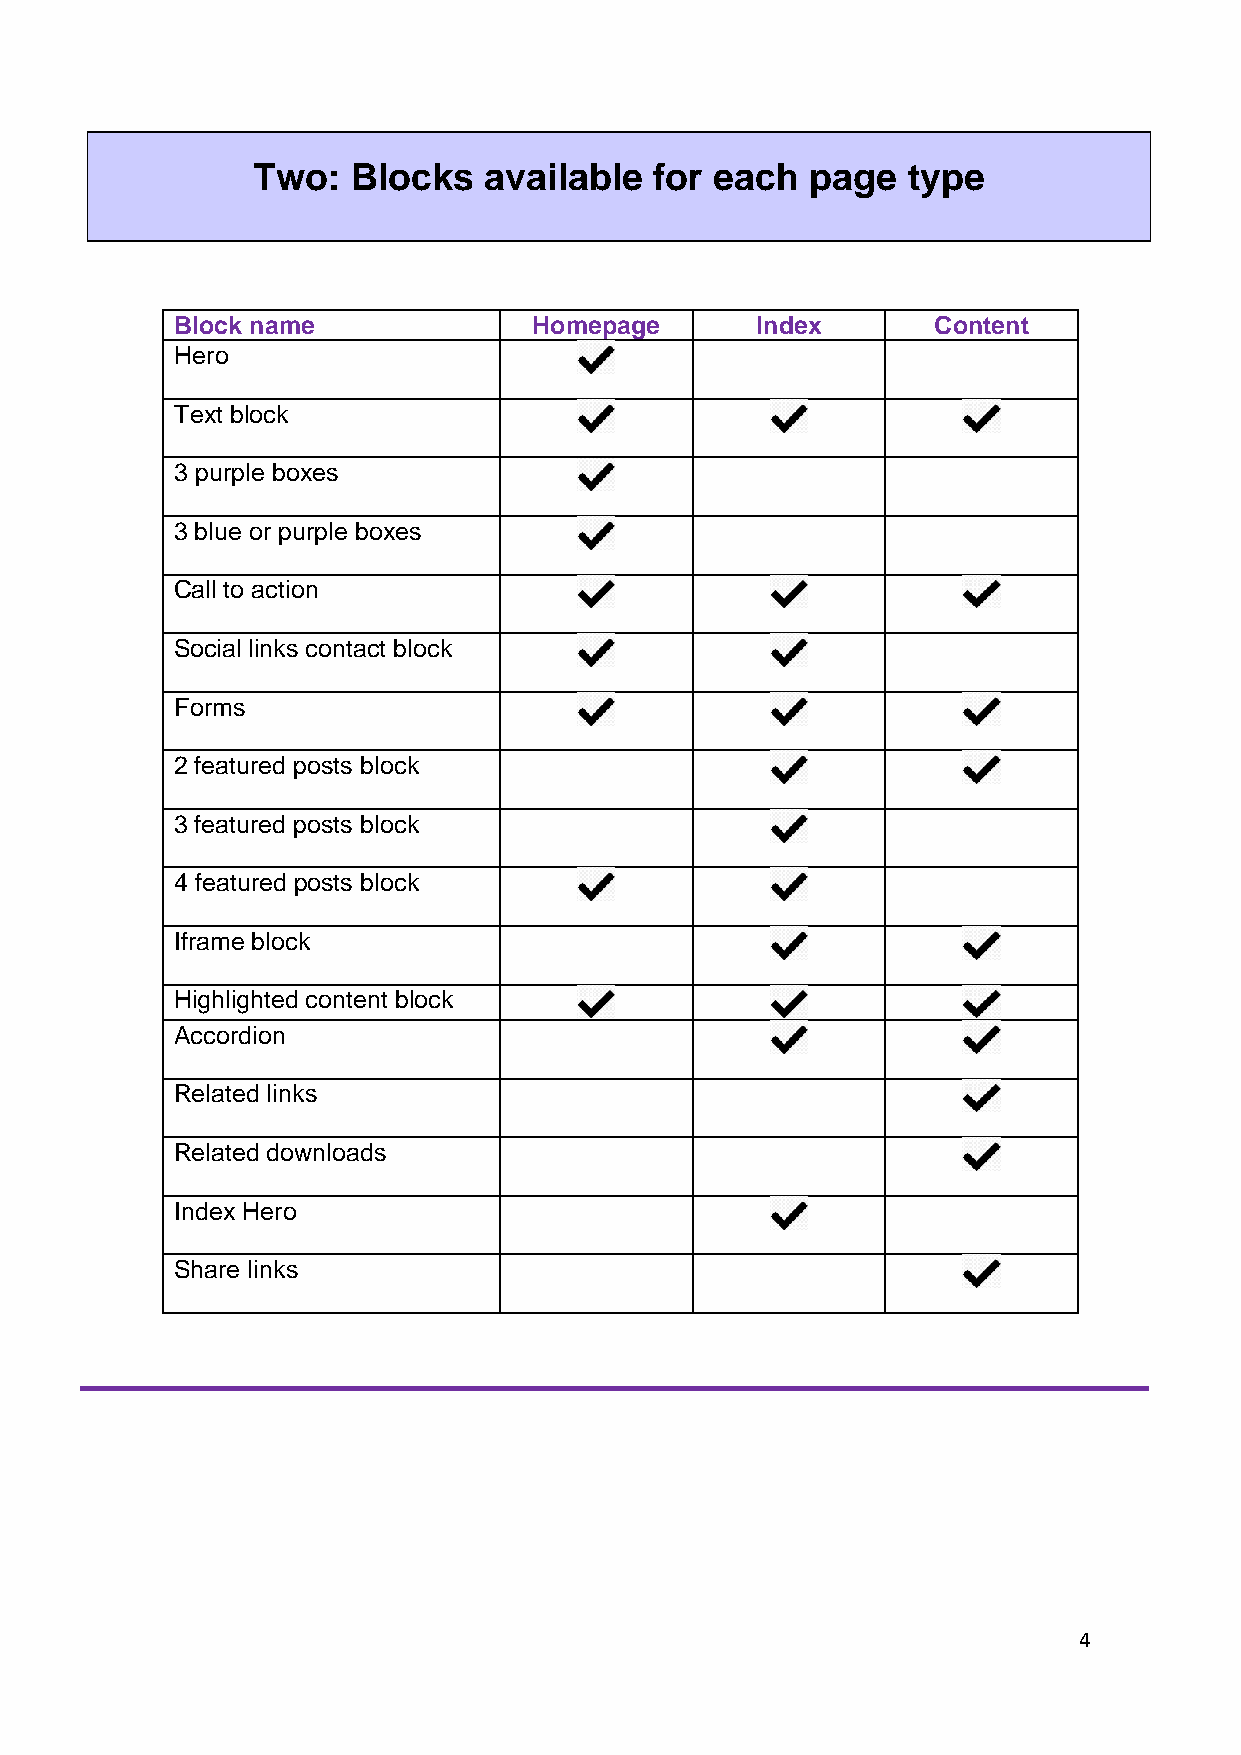
Two:  Blocks   available  for each   page  type
 Block name             Homepage       Index       Content
 Hero
 Text block
 3 purple boxes
 3 blue or purple boxes
 Call to action
 Social links contact block
 Forms
 2 featured posts block
 3 featured posts block
 4 featured posts block
 Iframe block
 Highlighted content block
 Accordion
 Related links
 Related downloads
 Index Hero
 Share links
 4